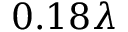
0 . 1 8 \lambda